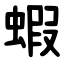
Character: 蝦